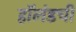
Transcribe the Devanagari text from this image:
हॉलंडची